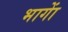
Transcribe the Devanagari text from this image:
भागाें